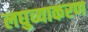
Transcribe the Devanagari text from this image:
लघुव्याकरण